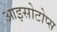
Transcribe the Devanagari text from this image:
आइसोटोप्स